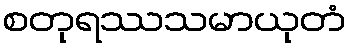
စတုရဿသမာယုတံ